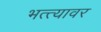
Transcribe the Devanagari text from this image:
भत्त्यावर